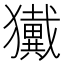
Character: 𱮮